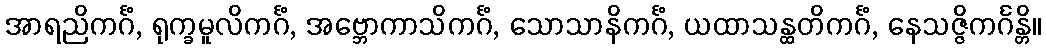
အာရညိကင်္ဂံ, ရုက္ခမူလိကင်္ဂံ, အဗ္ဘောကာသိကင်္ဂံ, သောသာနိကင်္ဂံ, ယထာသန္ထတိကင်္ဂံ, နေသဇ္ဇိကင်္ဂန္တိ။